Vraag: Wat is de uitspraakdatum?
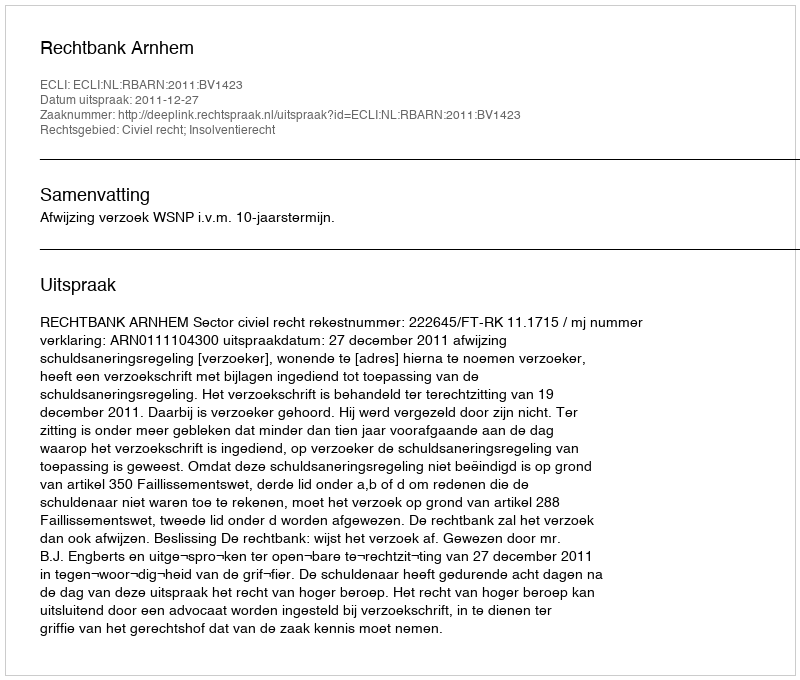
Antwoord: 2011-12-27